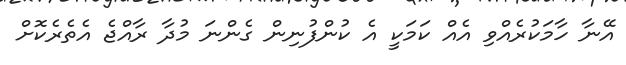
އޭނާ ހާމަކުރެއްވި އެއް ކަމަކީ އެ ކުންފުނިން ގެންނަ މުދާ ރާއްޖެ އެތެރެކޮށް